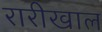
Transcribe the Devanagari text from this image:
रारीखाल